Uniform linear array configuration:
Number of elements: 48
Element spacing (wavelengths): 0.5
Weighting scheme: kaiser
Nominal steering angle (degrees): -15
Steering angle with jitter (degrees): -14.184
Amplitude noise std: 0.05
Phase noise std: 0.05

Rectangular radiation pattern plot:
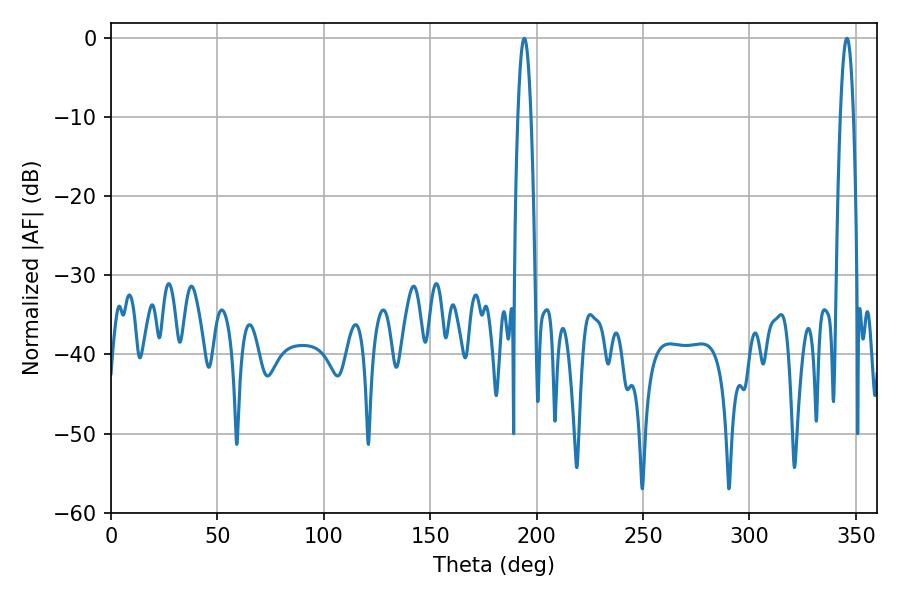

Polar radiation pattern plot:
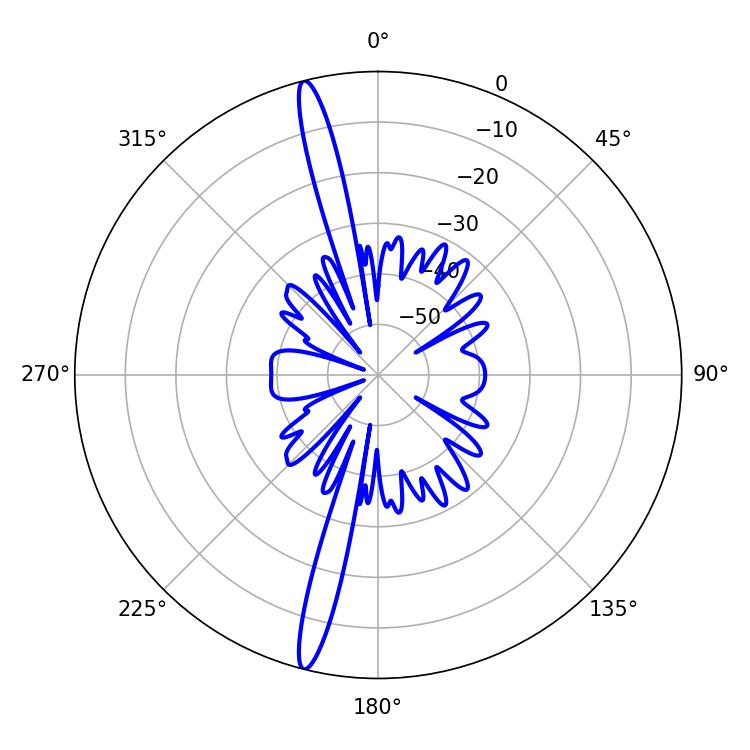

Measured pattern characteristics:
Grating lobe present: FALSE
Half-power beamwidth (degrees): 3.24
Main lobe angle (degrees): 194.22